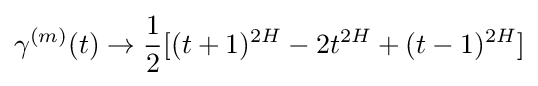
\gamma ^{(m)}(t)\to {\frac {1}{2}}[(t+1)^{2H}-2t^{2H}+(t-1)^{2H}]